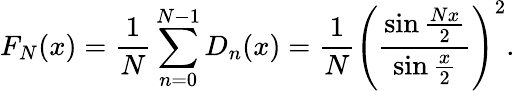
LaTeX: F_{N}(x)={\frac{1}{N}}\sum_{n=0}^{N-1}D_{n}(x)={\frac{1}{N}}\left({\frac{\sin{\frac{Nx}{2}}}{\sin{\frac{x}{2}}}}\right)^{2}.